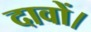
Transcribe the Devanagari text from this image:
दावों।